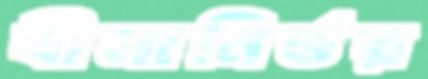
বীমানির্ভর